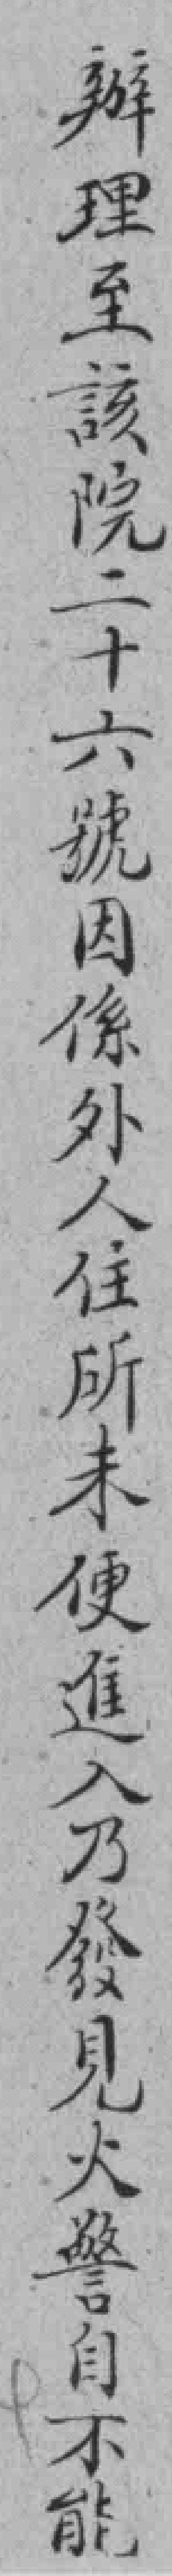
辦理至該院二十六號因係外人住所未便進入乃發見火警自不能